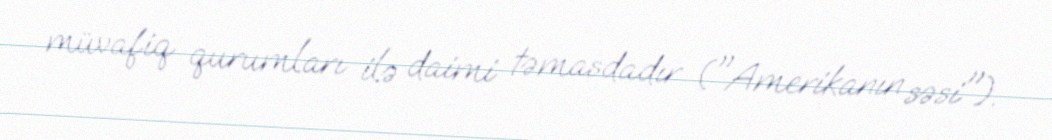
müvafiq qurumları ilə daimi təmasdadır ("Amerikanın səsi").